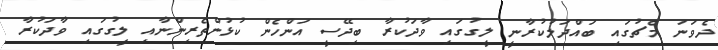
ދެވަނަ މެޗުގައި ބައްދަލުކުރާނީ ލީގުގައި ވާދަކުރާ ބިދޭސީ އަންހެން ކުޅުންތެރިންނާއި ލީގުގައި ވާދަކުރާ